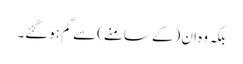
بلکہ وہ ان (کے سامنے) سے گم ہوگئے۔